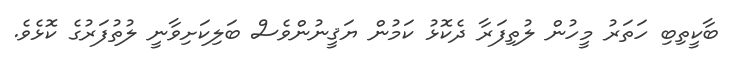
ބާކީތިބި ހަތަރު މީހުން ލުތިފަރާ ދެކޮޅު ކަމުން ޔަޤީނުންވެސް ބަލިކަށިވާނީ ލުތުފަރުގެ ކޮޅެވެ.